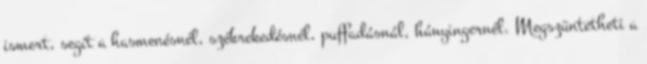
ismert, segít a hasmenésnél, székrekedésnél, puffadásnál, hányingernél. Megszüntetheti a